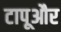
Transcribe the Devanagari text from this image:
टापूऔर